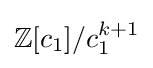
\mathbb {Z} \lbrack c_{1}\rbrack /c_{1}^{k+1}